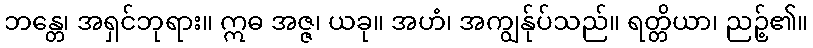
ဘန္တေ၊ အရှင်ဘုရား။ ဣဓ အဇ္ဇ၊ ယခု။ အဟံ၊ အကျွန်ုပ်သည်။ ရတ္တိယာ၊ ညဉ့်၏။